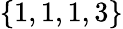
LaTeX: \{ 1,1,1,3\}